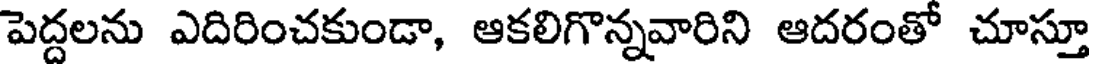
పెద్దలను ఎదిరించకుండా, ఆకలిగొన్నవారిని ఆదరంతో చూస్తూ